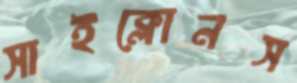
সাইক্লোনস